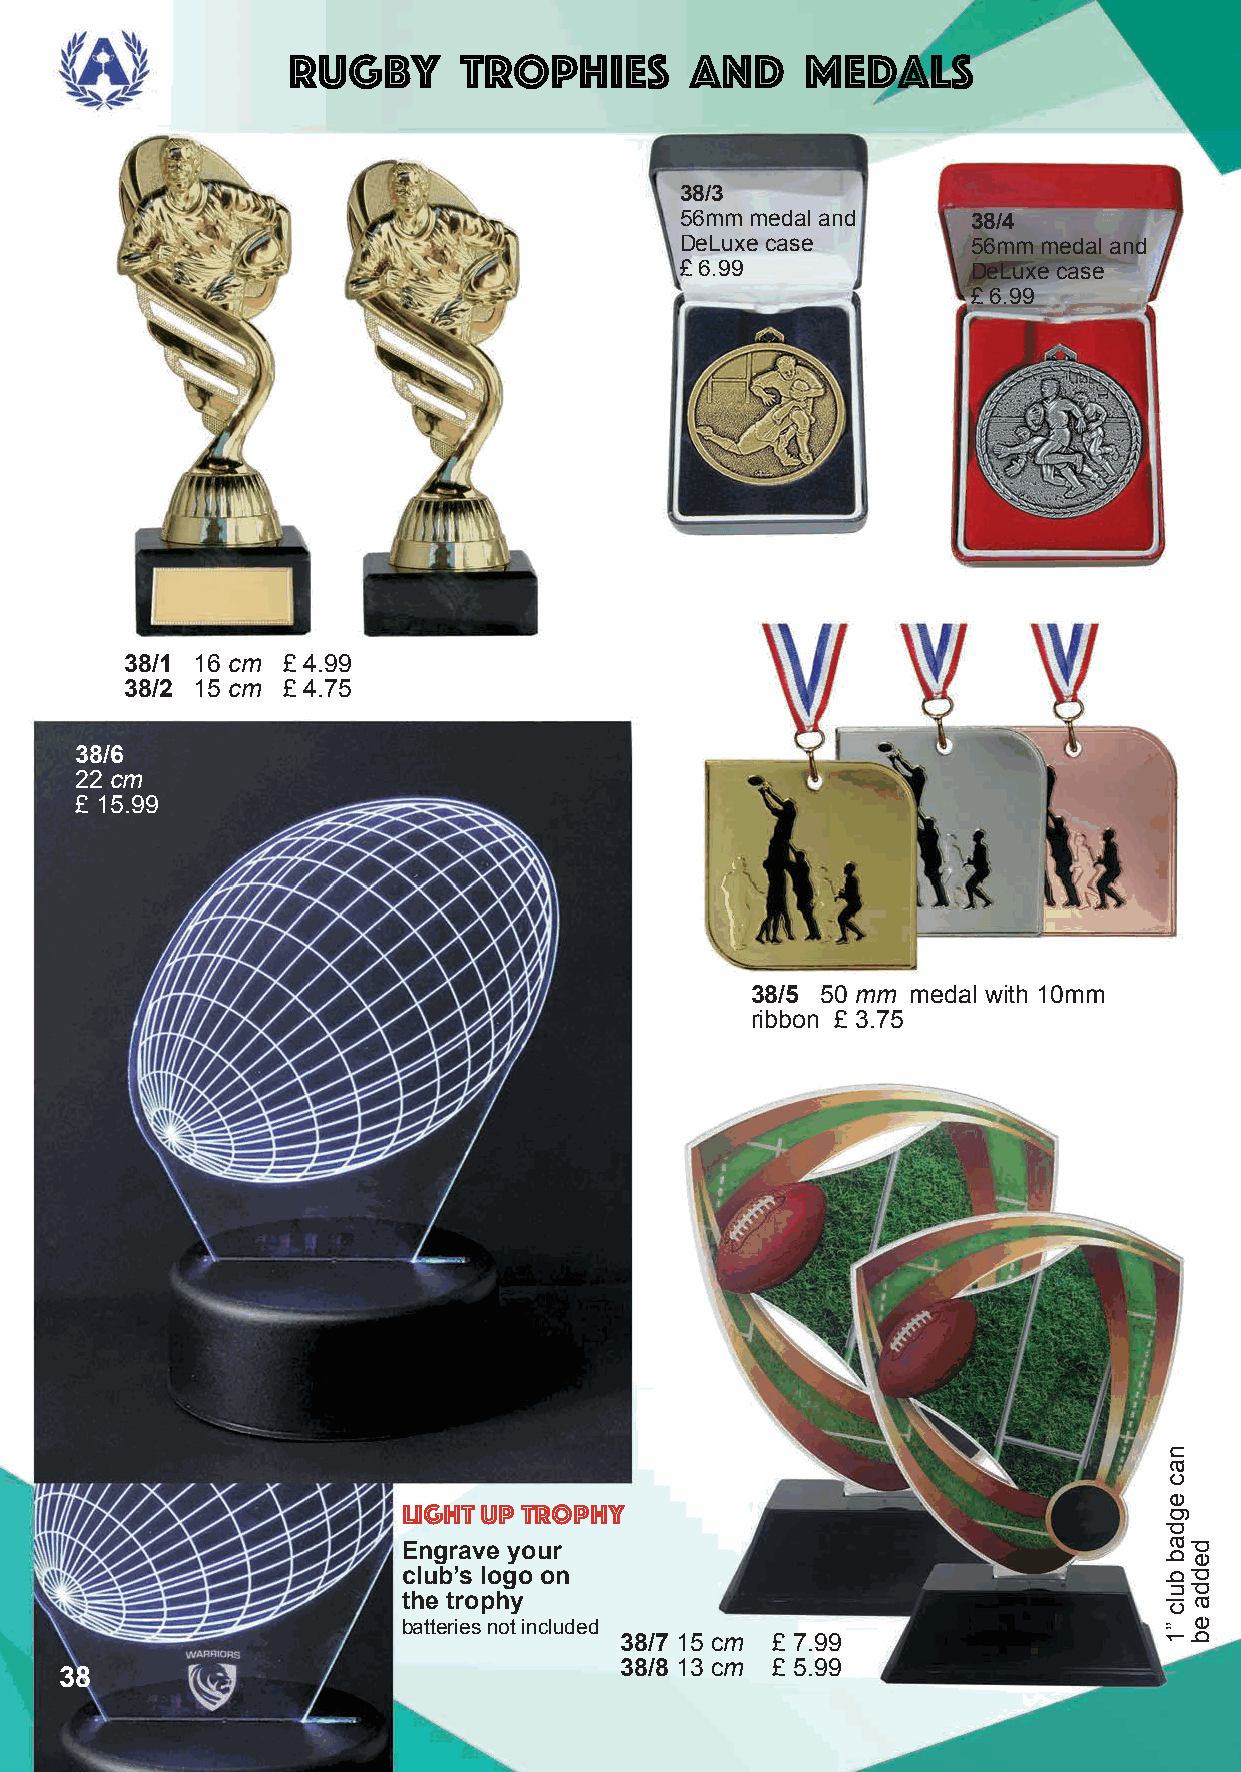
Rugby      trophies        and    medals
 38/3
 56mm medal and     38/4
 DeLuxe case        56mm medal and
 £ 6.99             DeLuxe case
 £ 6.99
 38/1 16 cm £ 4.99
 38/2 15 cm £ 4.75
 38/6
 22 cm
 £ 15.99
 38/5 50 mm medal with 10mm
 ribbon £ 3.75
 light up trophy
 Engrave your
 club’s logo on
 the trophy
 batteries not included
 38/7 15 cm £ 7.99
 38/8 13 cm £ 5.99
 38
 nac
 egdab
 bulc
 ”1
 dedda
 eb